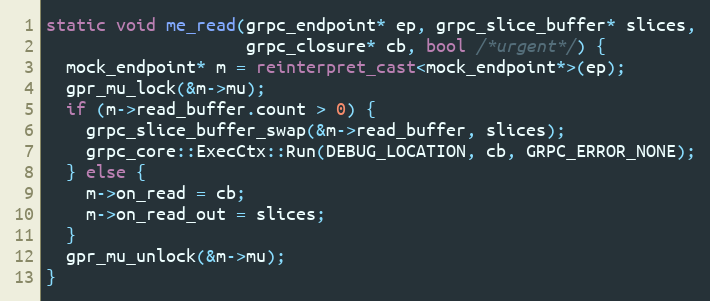
Language: C++
static void me_read(grpc_endpoint* ep, grpc_slice_buffer* slices,
                    grpc_closure* cb, bool /*urgent*/) {
  mock_endpoint* m = reinterpret_cast<mock_endpoint*>(ep);
  gpr_mu_lock(&m->mu);
  if (m->read_buffer.count > 0) {
    grpc_slice_buffer_swap(&m->read_buffer, slices);
    grpc_core::ExecCtx::Run(DEBUG_LOCATION, cb, GRPC_ERROR_NONE);
  } else {
    m->on_read = cb;
    m->on_read_out = slices;
  }
  gpr_mu_unlock(&m->mu);
}